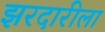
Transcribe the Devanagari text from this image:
झरदारीला